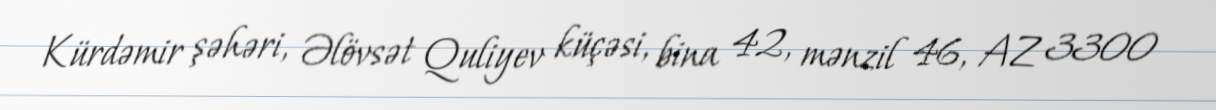
Kürdəmir şəhəri, Əlövsət Quliyev küçəsi, bina 42, mənzil 46, AZ 3300